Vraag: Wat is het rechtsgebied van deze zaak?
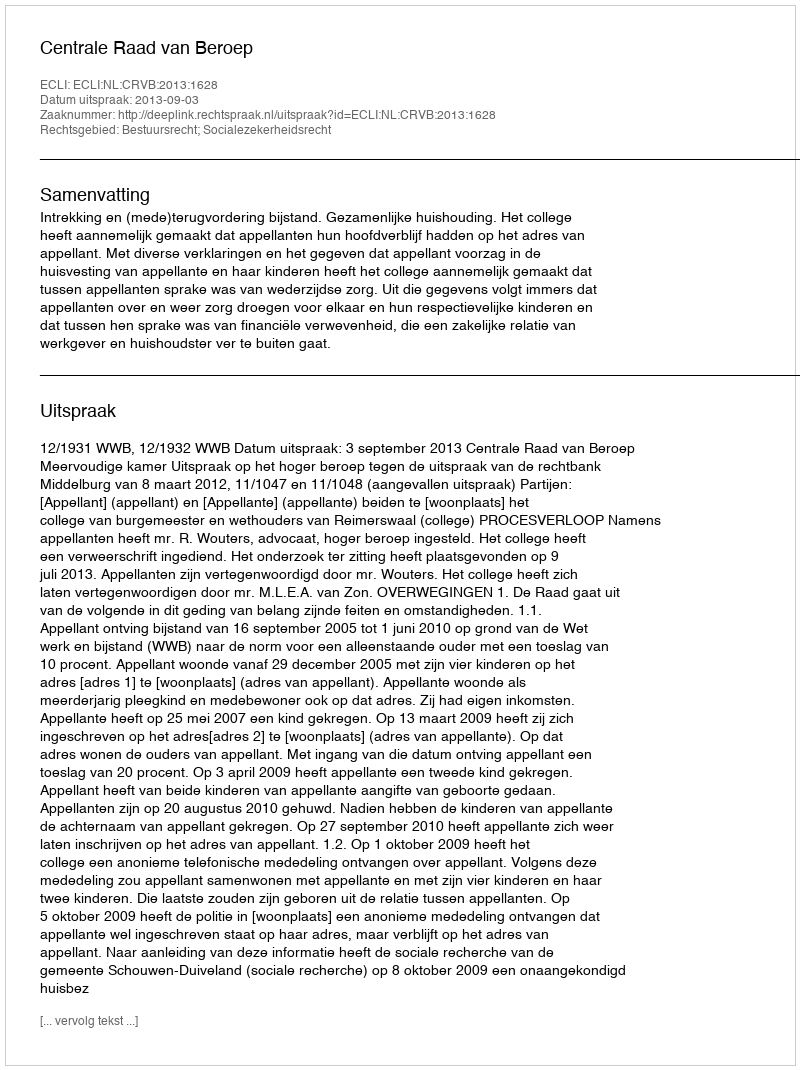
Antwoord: Bestuursrecht; Socialezekerheidsrecht